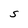
Character: S